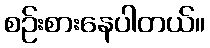
စဉ်းစားနေပါတယ်။